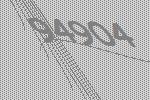
94904